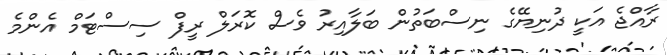
ރާއްޖެ އަކީ ދުނިޔޭގެ ނިސްބަތުން ބަލާއިރު ވެސް ކޮރަލް ރީފް ސިސްޓަމް އެންމެ